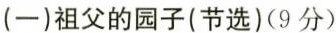
(一)祖父的园子(节选)(9分)